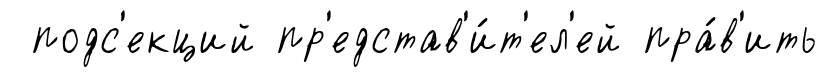
подс'екций пр'едстав'и́т'ел'ей пра́в'ить